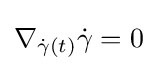
\nabla _{{\dot {\gamma }}(t)}{\dot {\gamma }}=0